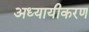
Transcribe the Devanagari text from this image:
अध्यायीकरण